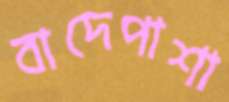
বাদেপাশা